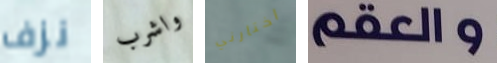
نزف واشرب اختارني والعقم